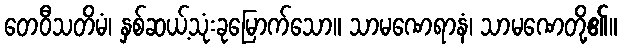
တေဝီသတိမံ၊ နှစ်ဆယ့်သုံးခုမြောက်သော။ သာမဏေရာနံ၊ သာမဏေတို့၏။